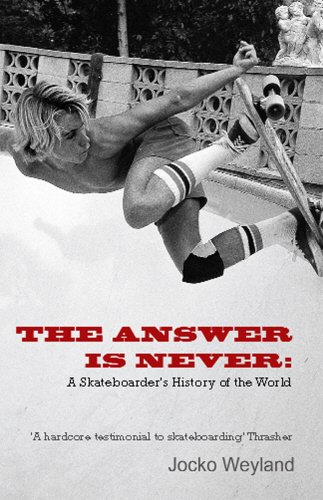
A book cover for The Answer is Never: A Skateboarder's History of the World; Jocko Weyland; Sports & Outdoors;